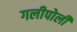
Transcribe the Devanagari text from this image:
गलीपोली